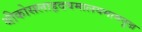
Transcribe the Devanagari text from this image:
श्रीकोसलाहृदयमालयमामयूख